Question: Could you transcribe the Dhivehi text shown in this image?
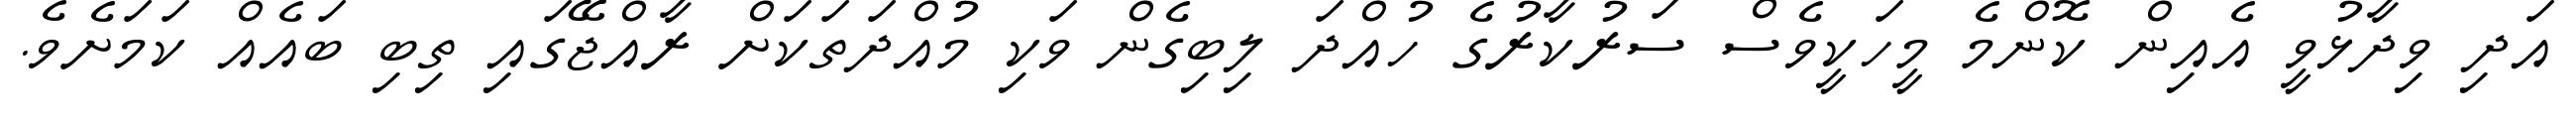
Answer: އަދި ވިދާޅުވީ އެއިން ކޮންމެ މީހަކީވެސް ސަރުކާރުގެ ހުއްދަ ލިބިގެން ވަކި މުއްދަތަކަށް ރާއްޖޭގައި ތިބި ބައެއް ކަމަށެވެ.